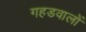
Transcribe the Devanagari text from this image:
गहडवालों